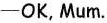
-OK, Mum.